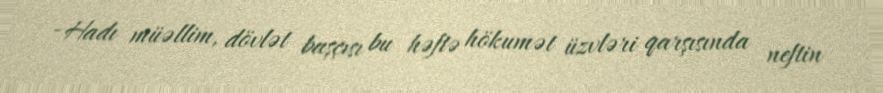
- Hadı müəllim, dövlət başçısı bu həftə hökumət üzvləri qarşısında neftin